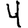
Digit: 4